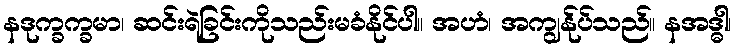
နဒုက္ခက္ခမာ၊ ဆင်းရဲခြင်းကိုသည်းမခံနိုင်ပါ။ အဟံ၊ အကျွန်ုပ်သည်။ နအဒ္ဓါ၊